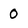
Character: 0